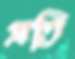
প্রতি